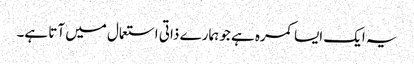
یہ ایک ایسا کمرہ ہے جو ہمارے ذاتی استعمال میں آتا ہے۔